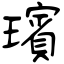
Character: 璸